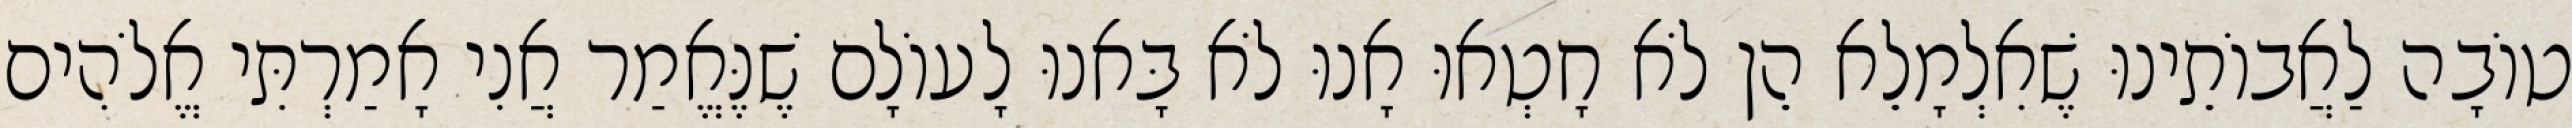
טוֹבָה לַאֲבוֹתֵינוּ שֶׁאִלְמָלֵא הֵן לֹא חָטְאוּ אָנוּ לֹא בָּאנוּ לָעוֹלָם שֶׁנֶּאֱמַר אֲנִי אָמַרְתִּי אֱלֹהִים